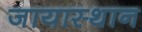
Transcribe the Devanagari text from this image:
जायास्थान